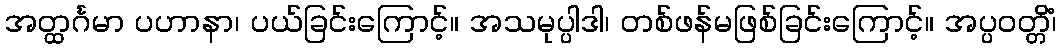
အတ္ထင်္ဂမာ ပဟာနာ၊ ပယ်ခြင်းကြောင့်။ အသမုပ္ပါဒါ၊ တစ်ဖန်မဖြစ်ခြင်းကြောင့်။ အပ္ပဝတ္တိံ၊